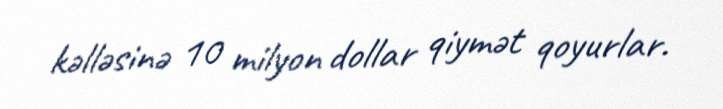
kəlləsinə 10 milyon dollar qiymət qoyurlar.